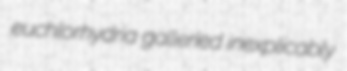
euchlorhydria galleried inexplicably